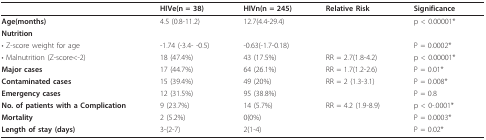
|  | HIVe(n = 38) | HIVn(n = 245) | Relative Risk | Significance |
 | --- | --- | --- | --- | --- |
 | Age(months) | 4.5 (0.8-11.2) | 12.7(4.4-29.4) |  | p < 0.00001* |
 | Nutrition |  |  |  |  |
 | • Z-score weight for age | -1.74 (-3.4- -0.5) | -0.63(-1.7-0.18) |  | P = 0.0002* |
 | • Malnutrition (Z-score<-2) | 18 (47.4%) | 43 (17.5%) | RR = 2.7(1.8-4.2) | p < 0.00001* |
 | Major cases | 17 (44.7%) | 64 (26.1%) | RR = 1.7(1.2-2.6) | P = 0.01* |
 | Contaminated cases | 15 (39.4%) | 49 (20%) | RR = 2 (1.3-3.1) | P = 0.008* |
 | Emergency cases | 12 (31.5%) | 95 (38.8%) |  | P = 0.8 |
 | No. of patients with a Complication | 9 (23.7%) | 14 (5.7%) | RR = 4.2 (1.9-8.9) | p < 0-.0001* |
 | Mortality | 2 (5.2%) | 0(0%) |  | P = 0.0003* |
 | Length of stay (days) | 3-(2-7) | 2(1-4) |  | P = 0.02* |